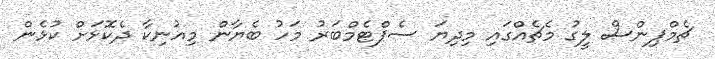
ޗެމްޕިންސް ލީގު މެޗެއްގައި މިދިޔަ ސެޕްޓެމްބަރު މަހު ބެޔާން މިއުނިކާ ދެކޮޅަށް ކުޅެން